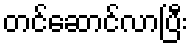
တင်ဆောင်လာပြီး